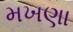
મખણા